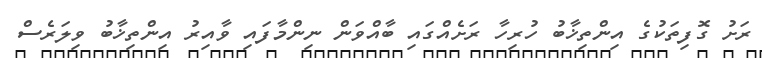
ރަށު ގޮފިތަކުގެ އިންތިޚާބު ހުރިހާ ރަށެއްގައި ބާއްވަން ނިންމާފައި ވާއިރު އިންތިޚާބު ވިލަރެސް